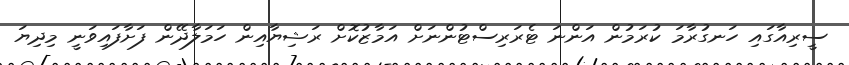
ސީރިއާގައި ހަނގުރާމަ ކުރަމުން އަންނަ ޓެރަރިސްޓުންނަށް އަމާޒުކޮށް ރަޝިޔާއިން ހަމަލާދޭން ފަށާފައިވަނީ މިދިޔަ